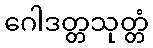
ဂေါဒတ္တသုတ္တံ